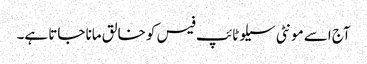
آج اسے مونٹی سیلو ٹائپ فیس کو خالق مانا جاتا ہے۔